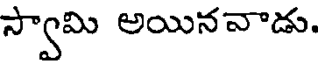
స్వామి అయినవాడు.